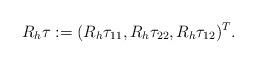
LaTeX: \begin{align*}R_{h}\mathbf\tau:=(R_h\tau_{11},R_h\tau_{22},R_h\tau_{12})^T.\end{align*}